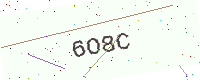
Text: 6O8C